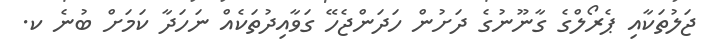
ޖަލުތަކާއި ޕެރޯލްގެ ގާނޫނުގެ ދަށުން ހަދަންޖެހޭ ގަވާއިދުތަކެއް ނަހަދާ ކަމަށް ބުނެ ކ.